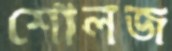
শোলজ